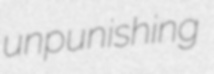
unpunishing